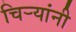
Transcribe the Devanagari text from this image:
चिर्‍यांनी